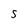
Character: s